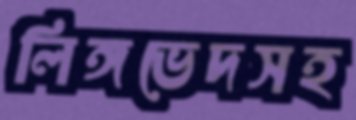
লিঙ্গভেদসহ